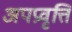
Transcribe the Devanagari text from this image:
अपप्रवृत्ति